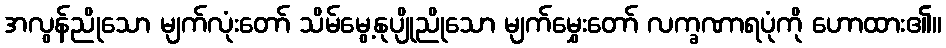
အလွန်ညိုသော မျက်လုံးတော် သိမ်မွေ့နုပျိုညိုသော မျက်မွှေးတော် လက္ခဏာရပုံကို ဟောထား၏။